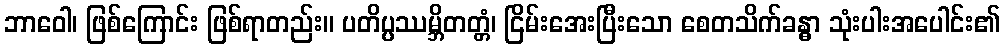
ဘာဝေါ၊ ဖြစ်ကြောင်း ဖြစ်ရာတည်း။ ပတိပ္ပဿမ္ဘိတတ္တံ၊ ငြိမ်းအေးပြီးသော စေတသိက်ခန္ဓာ သုံးပါးအပေါင်း၏